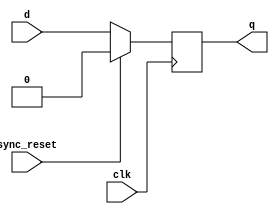
module dff_sync_reset ( 
	input 		clk ,  
	input 		sync_reset , 
	input 		d , 
	output 	reg 	q 
);

always @ (posedge clk )
begin
	if (sync_reset)
		q <= 1'b0;
	else	
		q <= d;
end

endmodule